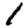
Digit: 1